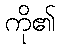
ကို၏